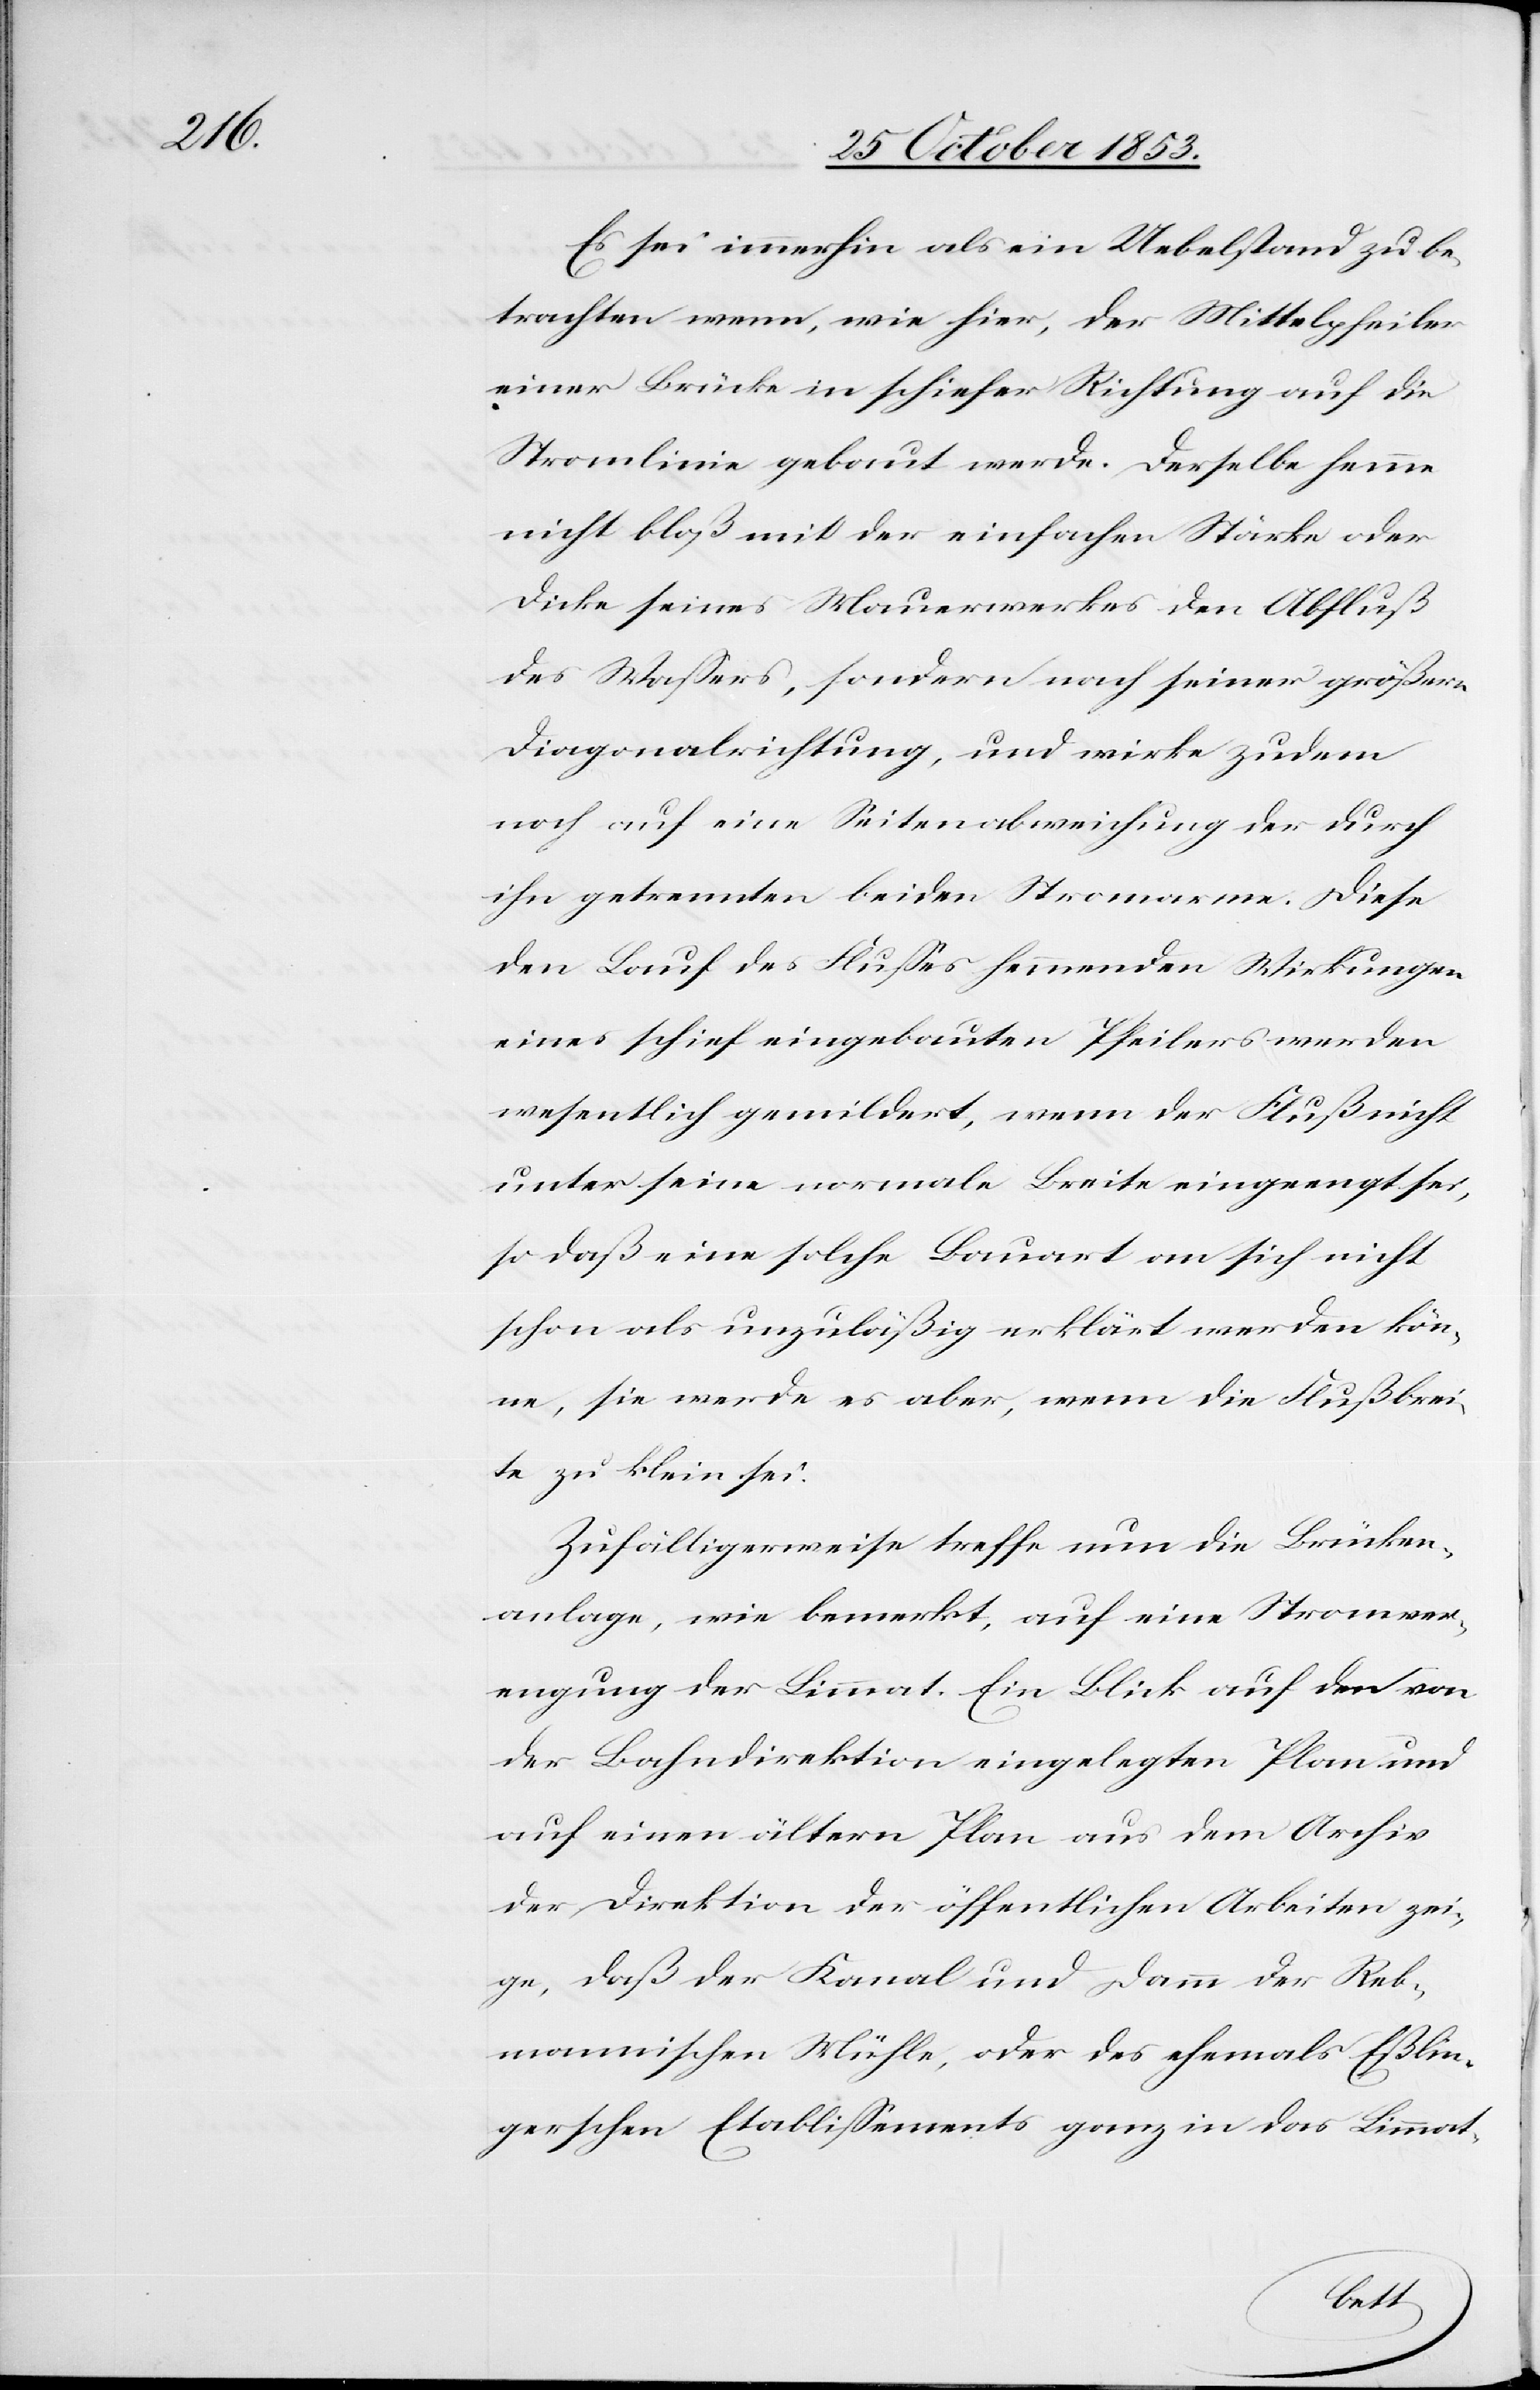
Es sei immerhin als ein Uebelstand zu be¬
trachten wenn, wie hier, der Mittelpfeiler
einer Brücke in schiefer Richtung auf die
Stromlinie gebaut werde. Derselbe hemme
nicht bloß mit der einfachen Stärke oder
Dicke seines Mauerwerkes den Abfluß
des Waßers, sondern nach seiner größern
Diagonalrichtung, und wirke zudem
noch auf eine Seitenabweichung der durch
ihn getrennten beiden Stromarme. Diese
den Bau des Flußes hemmenden Wirkungen
eines schief eingebauten Pfeilers werden
wesentlich gemildert, wenn der Fluß nich¬
t seine normale Breite eingeengt sei,
so daß eine solche Bauart an sich nicht
schon als unzuläßig erklärt werden kön¬
ne, sie werde es aber, wenn die Flußbrei¬
te zu klein sei.
Zufälligerweise treffe nun die Brücken¬
anlage, wie bemerkt, auf eine Stromver¬
engung der Limmat. Ein Blick auf den von
der Bahndirektion eingelegten Plan und
auf einen ältern Plan aus dem Archiv
der Direktion der öffentlichen Arbeiten zei¬
ge, daß der Kanal und Damm der Reb¬
mannischen Mühle, oder des ehemals Eßlin¬
gerschen Etablißements ganz in das Limmat-